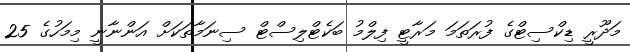
މަދޫރީ ޑިކްސިޓްގެ ފުރަތަމަ މަރާޓީ ފިލްމު ބަކެޓްލިސްޓް ސިނަމާތަކަށް އަންނާނީ މިމަހުގެ 25